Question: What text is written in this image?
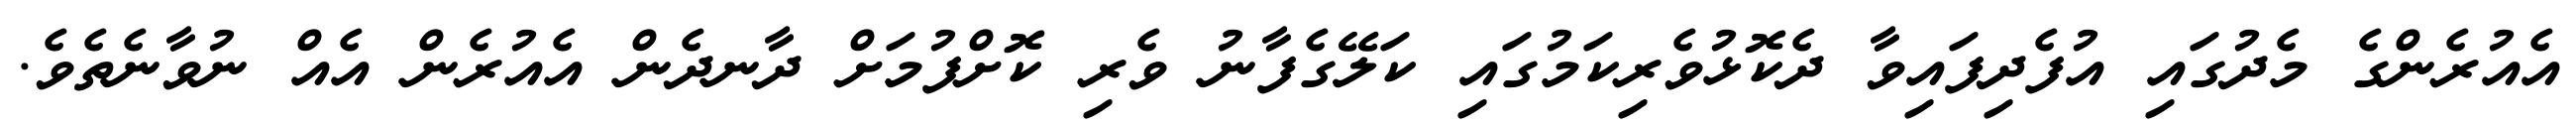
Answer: އެއުރެންގެ މެދުގައި އުފެދިފައިވާ ދެކޮޅުވެރިކަމުގައި ކަލޭގެފާނު ވެރި ކޮށްފުމަށް ދާނދެން އެއުރެން އެއް ނުވާނެތެވެ.